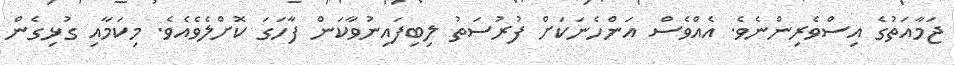
ޖަމާއަތުގެ އިސްވެރިންނެވެ. އެއްވެސް އަންހެނަކަށް ފުރުސަތު ލިބިފައިނުވާކަން ފާހަގަ ކޮށްލެވެއެވެ. މިކަމާއި ގުޅިގެން